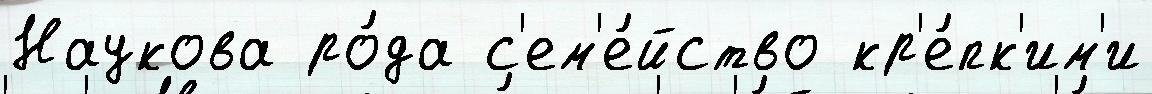
Наукова ро́да с'ем'е́йство кр'е́пк'им'и